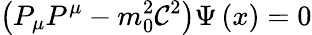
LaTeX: \left(P_{\mu}P^{\mu}-m_{0}^{2}\mathcal{C}^{2}\right)\Psi\left(x\right)=0